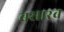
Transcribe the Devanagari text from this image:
बसारब